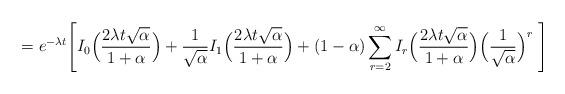
LaTeX: \begin{align*}=e^{-\lambda t} \Biggl[I_{0}\Bigl(\frac{2\lambda t \sqrt{\alpha}}{1+\alpha}\Bigr)+\frac{1}{\sqrt{\alpha}}I_{1}\Bigl(\frac{2\lambda t \sqrt{\alpha}}{1+\alpha}\Bigr) + (1-\alpha)\sum_{r=2}^\infty I_{r}\Bigl(\frac{2\lambda t \sqrt{\alpha}}{1+\alpha}\Bigr)\Bigl(\frac{1}{\sqrt{\alpha}}\Bigr)^{r}\ \Biggr]\end{align*}